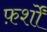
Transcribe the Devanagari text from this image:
फ़र्शों